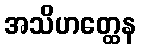
အသိဟတ္ထေန